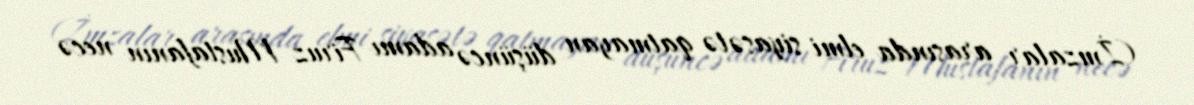
(İmzalar arasında elmi siyasətə qatmayan düşüncə adamı Firuz Mustafanın necə